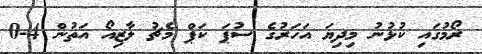
ރޯމުގައި ކުޅުނު މިދިޔަ އަހަރުގެ ސުޕަ ކަޕް މެޗު ލާޒިއޯ އަތުން 4-0